Indian journal of veterinary science and animal husbandry - Volume 12,
Year: 1942
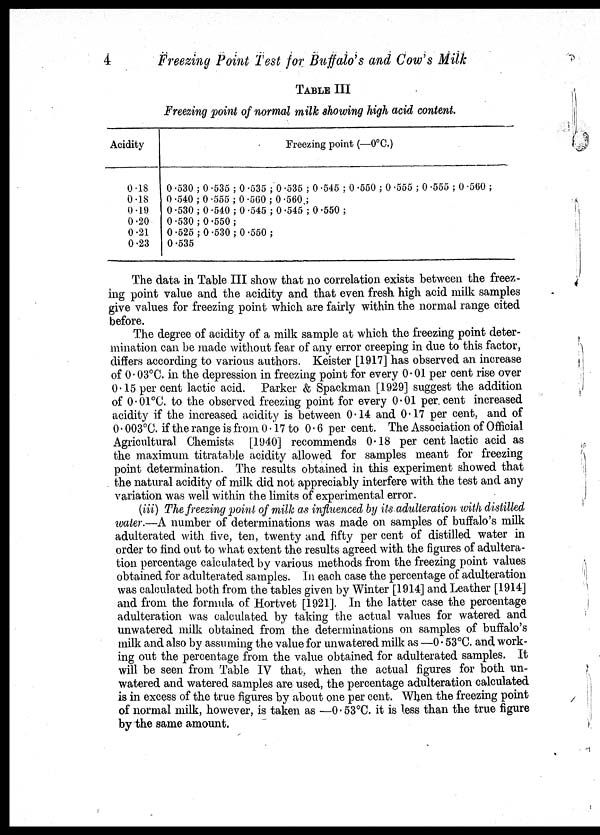
4
Freezing Point Test for Buffalo's and Cow's Milk
TABLE III
Freezing point of normal milk showing high acid content.
Acidity
0.18
0.18
0.19
0.20
0.21
0.23
Freezing point (—0°C.)
0.530 ; 0.535 ; 0.535 ; 0.535 ; 0.545 ; 0.550 ; 0.555 ; 0.555 ; 0.560 ;
0.540 ; 0.555 ; 0.560 ; 0.560 ;
0.530 ; 0.540 ; 0.545 ; 0.545 ; 0.550 ;
0.530 ; 0.550 ;
0.525 ; 0.530 ; 0.550 ;
0.535
The data in Table III show that no correlation exists between the freez-
ing point value and the acidity and that even fresh high acid milk samples
give values for freezing point which are fairly within the normal range cited
before.
The degree of acidity of a milk sample at which the freezing point deter-
mination can be made without fear of any error creeping in due to this factor,
differs according to various authors. Keister [1917] has observed an increase
of 0.03°C. in the depression in freezing point for every 0.01 per cent rise over
0.15 per cent lactic acid. Parker & Spackman [1929] suggest the addition
of 0.01°C. to the observed freezing point for every 0.01 per cent increased
acidity if the increased acidity is between 0.14 and 0.17 per cent, and of
0.003°C. if the range is from 0.17 to 0.6 per cent. The Association of Official
Agricultural Chemists [1940] recommends 0.18 per cent lactic acid as
the maximum titratable acidity allowed for samples meant for freezing
point determination. The results obtained in this experiment showed that
the natural acidity of milk did not appreciably interfere with the test and any
variation was well within the limits of experimental error.
(iii) The freezing point of milk as influenced by its adulteration with distilled
water.—A number of determinations was made on samples of buffalo's milk
adulterated with five, ten, twenty and fifty per cent of distilled water in
order to find out to what extent the results agreed with the figures of adultera-
tion percentage calculated by various methods from the freezing point values
obtained for adulterated samples. In each case the percentage of adulteration
was calculated both from the tables given by Winter [1914] and Leather [1914]
and from the formula of Hortvet [1921]. In the latter case the percentage
adulteration was calculated by taking the actual values for watered and
unwatered milk obtained from the determinations on samples of buffalo's
milk and also by assuming the value for unwatered milk as —0.53°C. and work-
ing out the percentage from the value obtained for adulterated samples. It
will be seen from Table IV that, when the actual figures for both un-
watered and watered samples are used, the percentage adulteration calculated
is in excess of the true figures by about one per cent. When the freezing point
of normal milk, however, is taken as —0.53°C. it is less than the true figure
by the same amount.